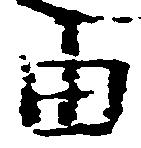
由